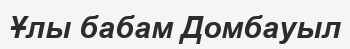
Ұлы бабам Домбауыл